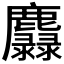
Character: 𪋵